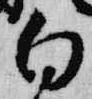
白